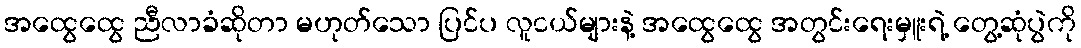
အထွေထွေ ညီလာခံဆိုတာ မဟုတ်သော ပြင်ပ လူငယ်များနဲ့ အထွေထွေ အတွင်းရေးမှူးရဲ့ တွေ့ဆုံပွဲကို